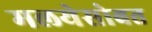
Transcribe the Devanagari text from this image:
मलयेसोबत